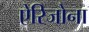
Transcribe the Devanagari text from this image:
ऐरिजोना